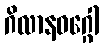
ဂိလာနဝဂ္ဂေါ